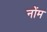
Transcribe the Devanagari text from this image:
नोंम